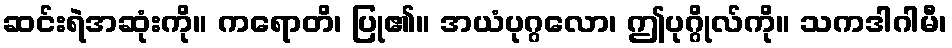
ဆင်းရဲအဆုံးကို။ ကရောတိ၊ ပြု၏။ အယံပုဂ္ဂလော၊ ဤပုဂ္ဂိုလ်ကို။ သကဒါဂါမီ၊